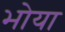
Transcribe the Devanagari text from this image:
भोया